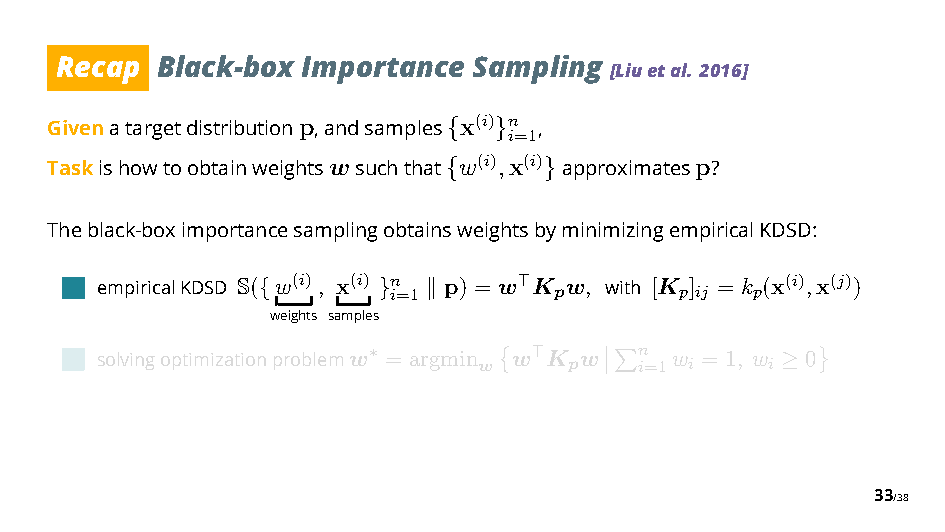
Recap Black-box Importance Sampling
 [Liuetal. 2016]
 Givenatargetdistributionp,andsamples x(i) n ,
 {  }i=1
 Taskishowtoobtainweightswsuchthat w(i),x(i) approximatesp?
 {     }
 Theblack-boximportancesamplingobtainsweightsbyminimizingempiricalKDSD:
 empiricalKDSD S( {w(i), x(i) }n i=1 $ p) = w %K pw, with [K p] ij = k p(x(i),x(j))
 weights samples
 solvingoptimizationproblemw
 ∗
 = argmin
 w
 w %K pw n i=1w
 i
 = 1, w
 i ≥
 0
 &      ’$            (
 ’
 33/38